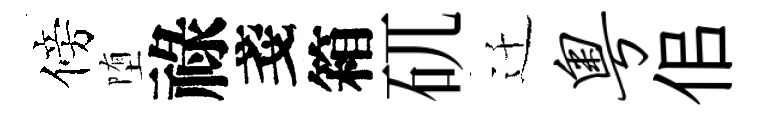
傍堕祿戔箱矹迁粤佀